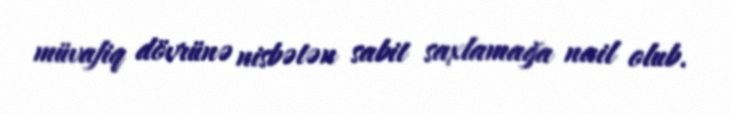
müvafiq dövrünə nisbətən sabit saxlamağa nail olub.